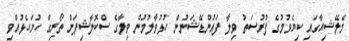
މެލޭޝިއާގައި ކިޔެވުމުގެ ފުރުސަތު ވިލާ ފައުންޑޭޝަނުން ހުޅުވާލުމުން ވިލާގެ ސްކޮލާޝިޕަށް ތޯރިގް ހުށަހެޅުއްވި